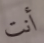
أنت